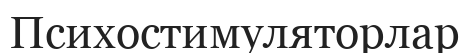
Психостимуляторлар